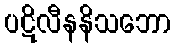
ပဋိလီနနိသဘော